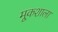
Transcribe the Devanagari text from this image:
मूकशाला